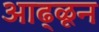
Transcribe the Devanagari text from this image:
आढ्ळून